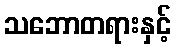
သဘောတရားနှင့်